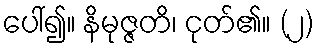
ပေါ်၍။ နိမုဇ္ဇတိ၊ ငုတ်၏။ (၂)